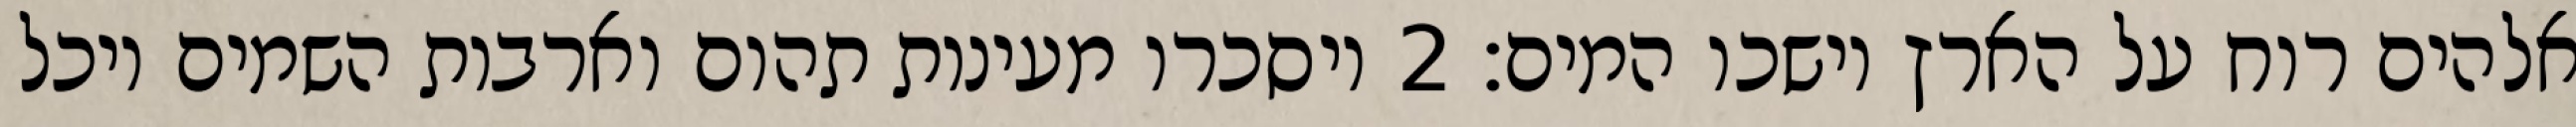
אלהים רוח על הארץ וישכו המים׃ ‎2‏ ויסכרו מעינות תהום וארבות השמים ויכל